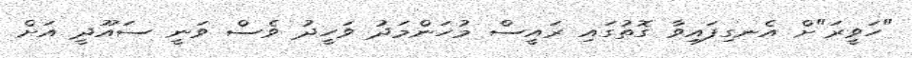
"ހަވީރަ"ށް އެނގިފައިވާ ގޮތުގައި ރައީސް މުހަންމަދު ވަހީދު ވެސް ވަނީ ސައޫދީ އަށް